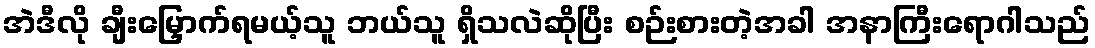
အဲဒီလို ချီးမြှောက်ရမယ့်သူ ဘယ်သူ ရှိသလဲဆိုပြီး စဉ်းစားတဲ့အခါ အနာကြီးရောဂါသည်